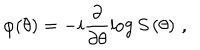
\varphi ( \theta ) = - i \frac { \partial } { \partial \theta } \log S \left( \theta \right) \, ,